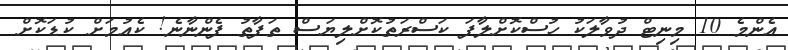
އެންމެ 10 މިނިޓް ދުވާލަކު ހުސްކޮށްލާފަ ކަސްރަތުކޮށްލިޔަސް ތަފާތު ފެންނާނެ! ކެއުމަށް ކުޑަކޮށް